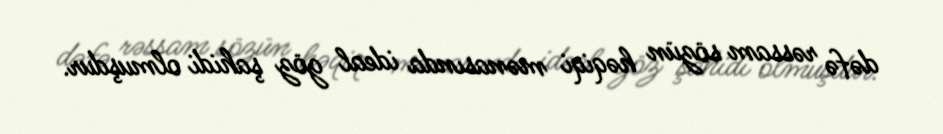
dəfə rəssam sözün həqiqi mənasında ideal göz şahidi olmuşdur.